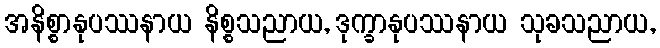
အနိစ္စာနုပဿနာယ နိစ္စသညာယ, ဒုက္ခာနုပဿနာယ သုခသညာယ,